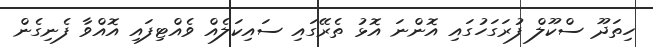
ހިތަދޫ ސްކޫލް ފުރަގަހުގައި އޮންނަ އޮޅު ތެރޭގައި ސައިކަލެއް ވެއްޓިފައި އޮއްވާ ފެނިގެން